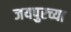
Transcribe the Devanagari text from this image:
जयपुरच्या